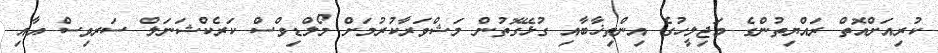
ކުރިއަށްއޮތް ރައްޔިތުންގެ މަޖިލީހުގެ އިންތިޚާބާއި ގުޅޭގޮތުން މަޝްވަރާކުރުމަށް މޯލްޑިވްސް ކަރެކްޝަނަލް ސަރވިސް އާއި